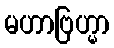
မဟာဗြဟ္မာ